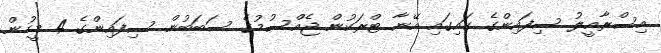
އިސްރާއީލު ސިފައިންގެ ގައިގައި އޭނާ ޓްރަކުން ޖެއްސުމުގެ ސަބަބުން ސިފައިންގެ 4 މީހުން